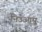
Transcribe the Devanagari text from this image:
निउआपू